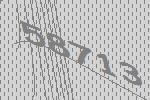
58713